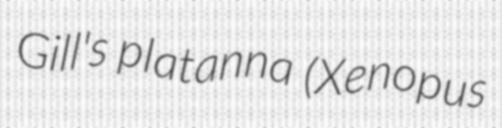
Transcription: Gill's platanna (Xenopus